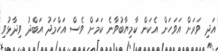
އަދި ވަރަށް އަވަހަށް އެކަން ކާމިޔާބުވާނެ ކަމަށް ވެސް އަހްމަދު އަބްދު ވިދާޅުވި